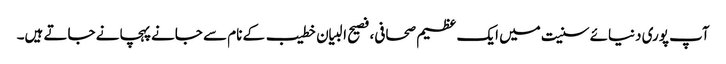
آپ پوری دنیائے سنیت میں ایک عظیم صحافی، فصیح البیان خطیب کے نام سے جانےپہچانے جاتے ہیں۔